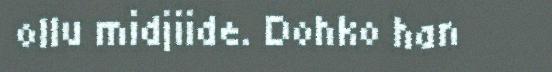
ollu midjiide. Dohko han